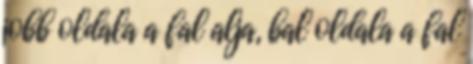
jobb oldala a fal alja, bal oldala a fal